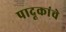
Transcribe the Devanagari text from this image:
पादूकांचे